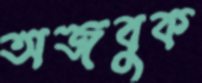
অজবুক